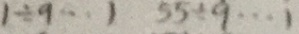
1 \div 9 \cdots 1 5 5 \div 9 \cdots 1